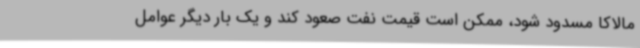
مالاکا مسدود شود، ممکن است قیمت نفت صعود کند و یک بار دیگر عوامل